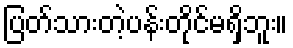
ပြတ်သားတဲ့ပန်းတိုင်မရှိဘူး။